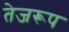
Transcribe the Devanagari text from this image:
तेजरूप